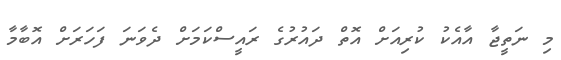
މި ނަތީޖާ އާއެކު ކުރިއަށް އޮތް ދައުރުގެ ރައީސްކަމަށް ދެވަނަ ފަހަރަށް އޮބާމާ